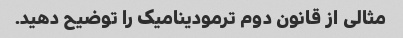
مثالی از قانون دوم ترمودینامیک را توضیح دهید.